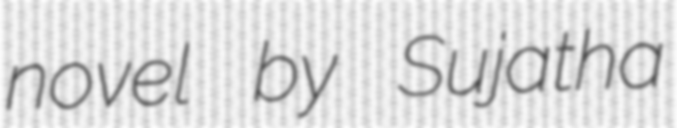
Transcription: novel by Sujatha